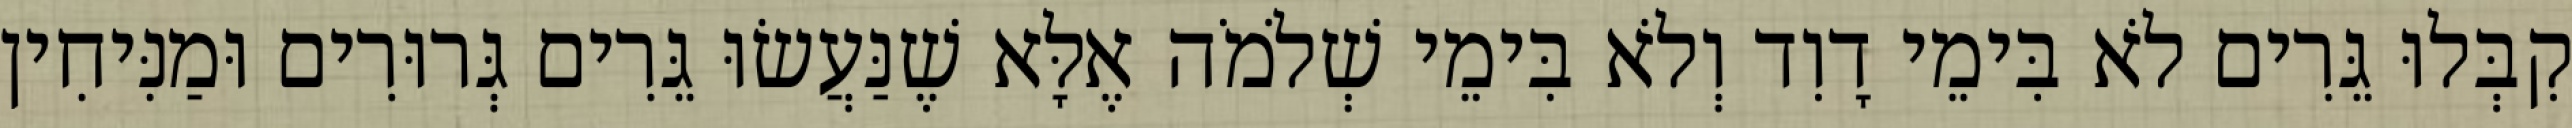
קִבְּלוּ גֵּרִים לֹא בִּימֵי דָוִד וְלֹא בִּימֵי שְׁלֹמֹה אֶלָּא שֶׁנַּעֲשׂוּ גֵּרִים גְּרוּרִים וּמַנִּיחִין